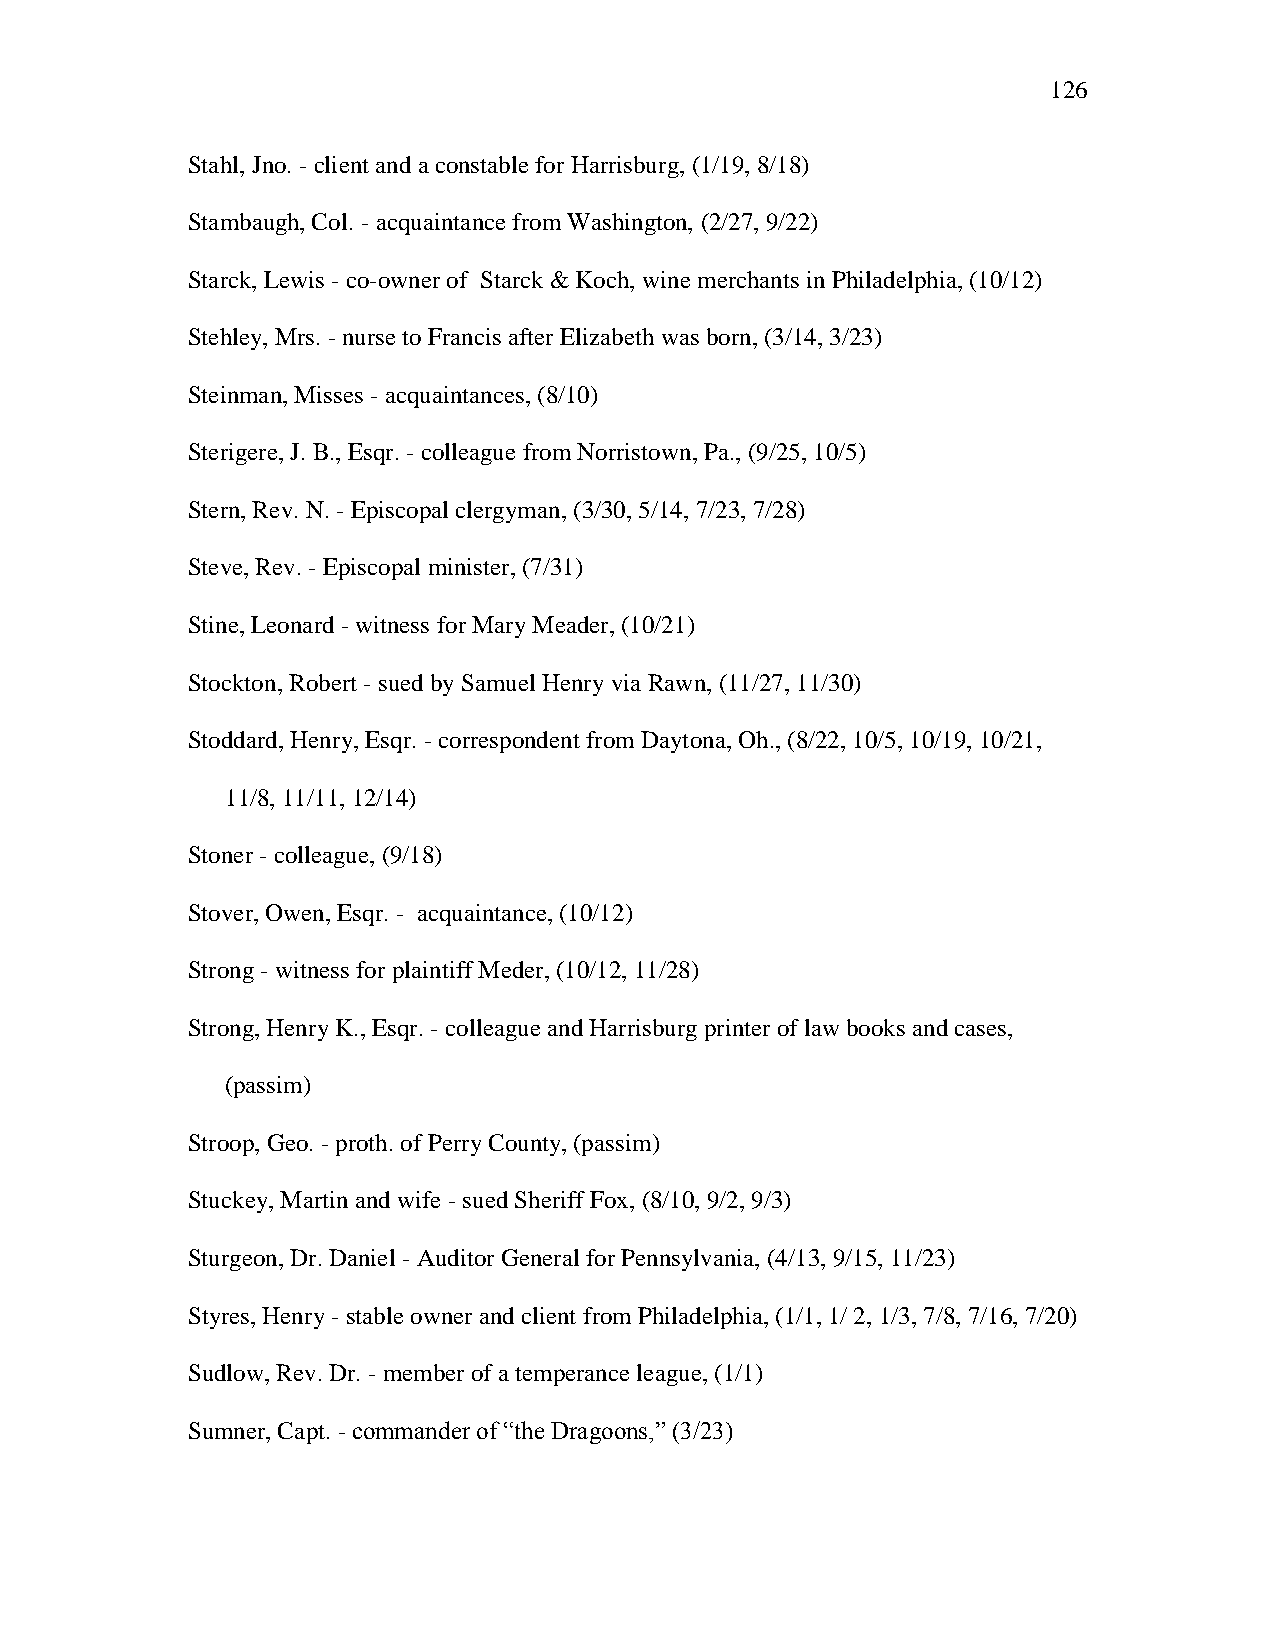
126
 Stahl, Jno. - client and a constable for Harrisburg, (1/19, 8/18)
 Stambaugh, Col. - acquaintance from Washington, (2/27, 9/22)
 Starck, Lewis - co-owner of Starck & Koch, wine merchants in Philadelphia, (10/12)
 Stehley, Mrs. - nurse to Francis after Elizabeth was born, (3/14, 3/23)
 Steinman, Misses - acquaintances, (8/10)
 Sterigere, J. B., Esqr. - colleague from Norristown, Pa., (9/25, 10/5)
 Stern, Rev. N. - Episcopal clergyman, (3/30, 5/14, 7/23, 7/28)
 Steve, Rev. - Episcopal minister, (7/31)
 Stine, Leonard - witness for Mary Meader, (10/21)
 Stockton, Robert - sued by Samuel Henry via Rawn, (11/27, 11/30)
 Stoddard, Henry, Esqr. - correspondent from Daytona, Oh., (8/22, 10/5, 10/19, 10/21,
 11/8, 11/11, 12/14)
 Stoner - colleague, (9/18)
 Stover, Owen, Esqr. - acquaintance, (10/12)
 Strong - witness for plaintiff Meder, (10/12, 11/28)
 Strong, Henry K., Esqr. - colleague and Harrisburg printer of law books and cases,
 (passim)
 Stroop, Geo. - proth. of Perry County, (passim)
 Stuckey, Martin and wife - sued Sheriff Fox, (8/10, 9/2, 9/3)
 Sturgeon, Dr. Daniel - Auditor General for Pennsylvania, (4/13, 9/15, 11/23)
 Styres, Henry - stable owner and client from Philadelphia, (1/1, 1/ 2, 1/3, 7/8, 7/16, 7/20)
 Sudlow, Rev. Dr. - member of a temperance league, (1/1)
 Sumner, Capt. - commander of ―the Dragoons,‖ (3/23)